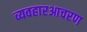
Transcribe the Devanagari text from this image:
व्यवहारआचरण